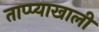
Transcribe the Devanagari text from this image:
ताप्प्याखाली